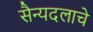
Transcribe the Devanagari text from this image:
सैन्यदलाचे